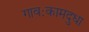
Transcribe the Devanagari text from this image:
गावःकामदुधा